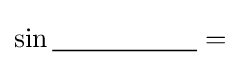
\sin {\underline {\;~~~~~~~~~~~~~~\;}}=